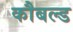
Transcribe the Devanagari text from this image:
कौबल्ड